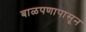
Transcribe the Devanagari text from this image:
बाळपणापासून